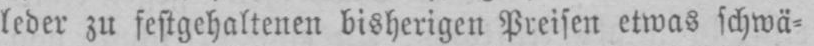
leder zu festgehaltenen bisherigen Preisen etwas schwä⸗